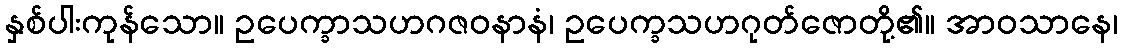
နှစ်ပါးကုန်သော။ ဥပေက္ခာသဟဂဇဝနာနံ၊ ဥပေက္ခသဟဂုတ်ဇောတို့၏။ အာဝသာနေ၊